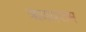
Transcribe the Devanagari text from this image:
ऋदयराम